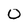
Character: 0